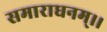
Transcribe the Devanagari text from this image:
समाराधनम्।।